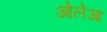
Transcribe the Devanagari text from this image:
ओलेआ